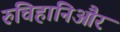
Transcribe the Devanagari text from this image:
रुचिहानिऔर